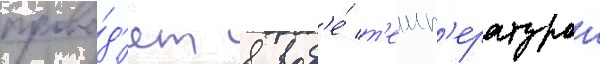
прово́д'ят в вод'е́ т'емп'ературои